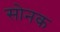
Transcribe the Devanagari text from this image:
सोनक